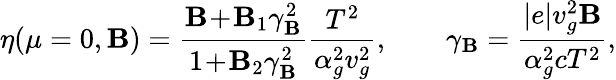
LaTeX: \eta(\mu=0,\mathbf{B})=\frac{{{\cal\mathbf{B}}\! +\! {\cal\mathbf{B}}_{1}\gamma_{\mathbf{B}}^{2}}}{{1\! +\! {\cal\mathbf{B}}_{2}\gamma_{\mathbf{B}}^{2}}}\frac{{T^{2}}}{{\alpha_{g}^{2}v_{g}^{2}}},\qquad\gamma_{\mathbf{B}}=\frac{{|e|v_{g}^{2}\mathbf{B}}}{{\alpha_{g}^{2}cT^{2}}},